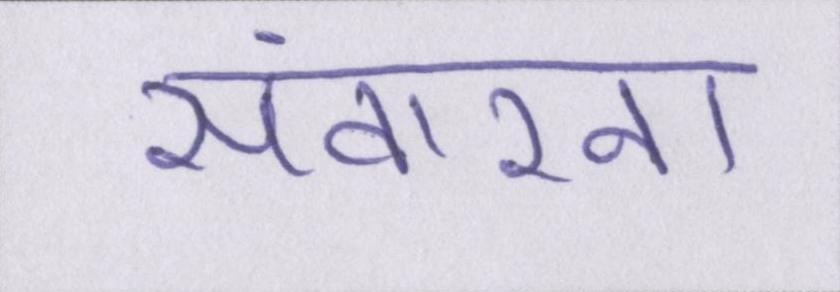
संवारना